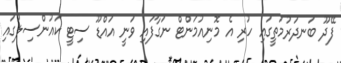
ފޭދޫ ބަނދަރުމަތީގައި ހުރި އެ މޮނިއުމަންޓް ނަގާފައި ވަނީ އައްޑޫ ސިޓީ ކައުންސިލުގައި